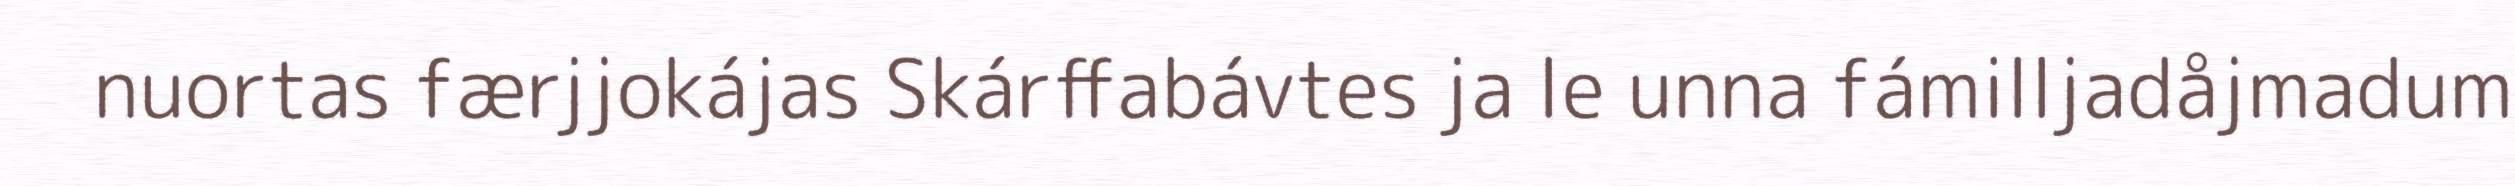
nuortas færjjokájas Skárffabávtes ja le unna fámilljadåjmadum